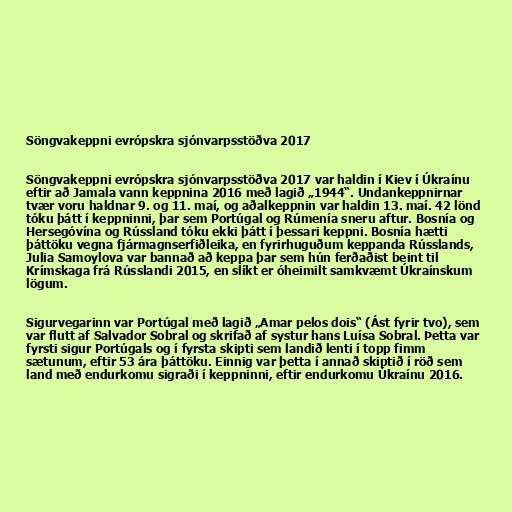
Söngvakeppni evrópskra sjónvarpsstöðva 2017

Söngvakeppni evrópskra sjónvarpsstöðva 2017 var haldin í Kiev í Úkraínu
eftir að Jamala vann keppnina 2016 með lagið „1944“. Undankeppnirnar
tvær voru haldnar 9. og 11. maí, og aðalkeppnin var haldin 13. maí. 42 lönd
tóku þátt í keppninni, þar sem Portúgal og Rúmenía sneru aftur. Bosnía og
Hersegóvína og Rússland tóku ekki þátt í þessari keppni. Bosnía hætti
þáttöku vegna fjármagnserfiðleika, en fyrirhuguðum keppanda Rússlands,
Julia Samoylova var bannað að keppa þar sem hún ferðaðist beint til
Krímskaga frá Rússlandi 2015, en slíkt er óheimilt samkvæmt Úkraínskum
lögum.

Sigurvegarinn var Portúgal með lagið „Amar pelos dois“ (Ást fyrir tvo), sem
var flutt af Salvador Sobral og skrifað af systur hans Luísa Sobral. Þetta var
fyrsti sigur Portúgals og í fyrsta skipti sem landið lenti í topp fimm
sætunum, eftir 53 ára þáttöku. Einnig var þetta í annað skiptið í röð sem
land með endurkomu sigraði í keppninni, eftir endurkomu Úkraínu 2016.